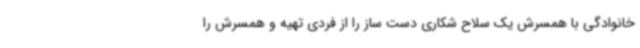
خانوادگی با همسرش یک سلاح شکاری دست ساز را از فردی تهیه و همسرش را